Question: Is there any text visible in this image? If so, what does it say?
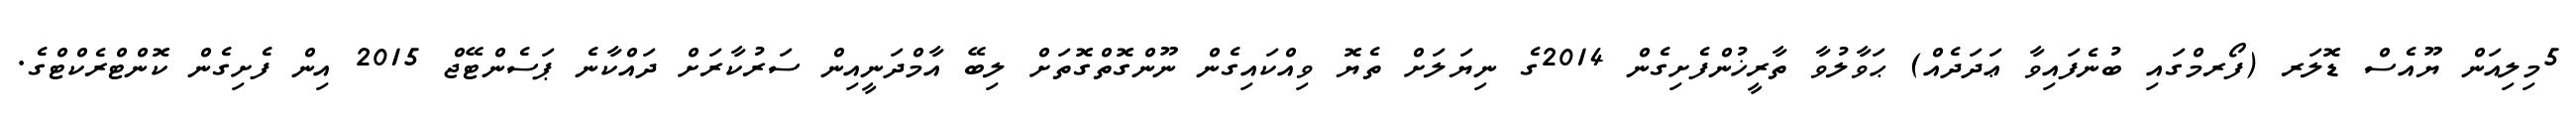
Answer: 5މިލިއަން ޔޫއެސް ޑޮލަރ (ފޯރމްގައި ބުނެފައިވާ ޢަދަދެއް) ޙަވާލުވާ ތާރީޚުންފެށިގެން 2014ގެ ނިޔަލަށް ތެޔޮ ވިއްކައިގެން ނޫންގޮތްގޮތަށް ލިބޭ އާމްދަނީއިން ސަރުކާރަށް ދައްކާނެ ޕަސެންޓޭޖް 2015 އިން ފެށިގެން ކޮންޓްރެކްޓްގެ.